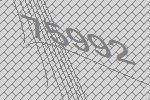
75992